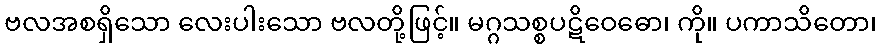
ဗလအစရှိသော လေးပါးသော ဗလတို့ဖြင့်။ မဂ္ဂသစ္စပဋိဝေဓော၊ ကို။ ပကာသိတော၊